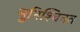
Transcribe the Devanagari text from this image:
सुनिश्चिनत